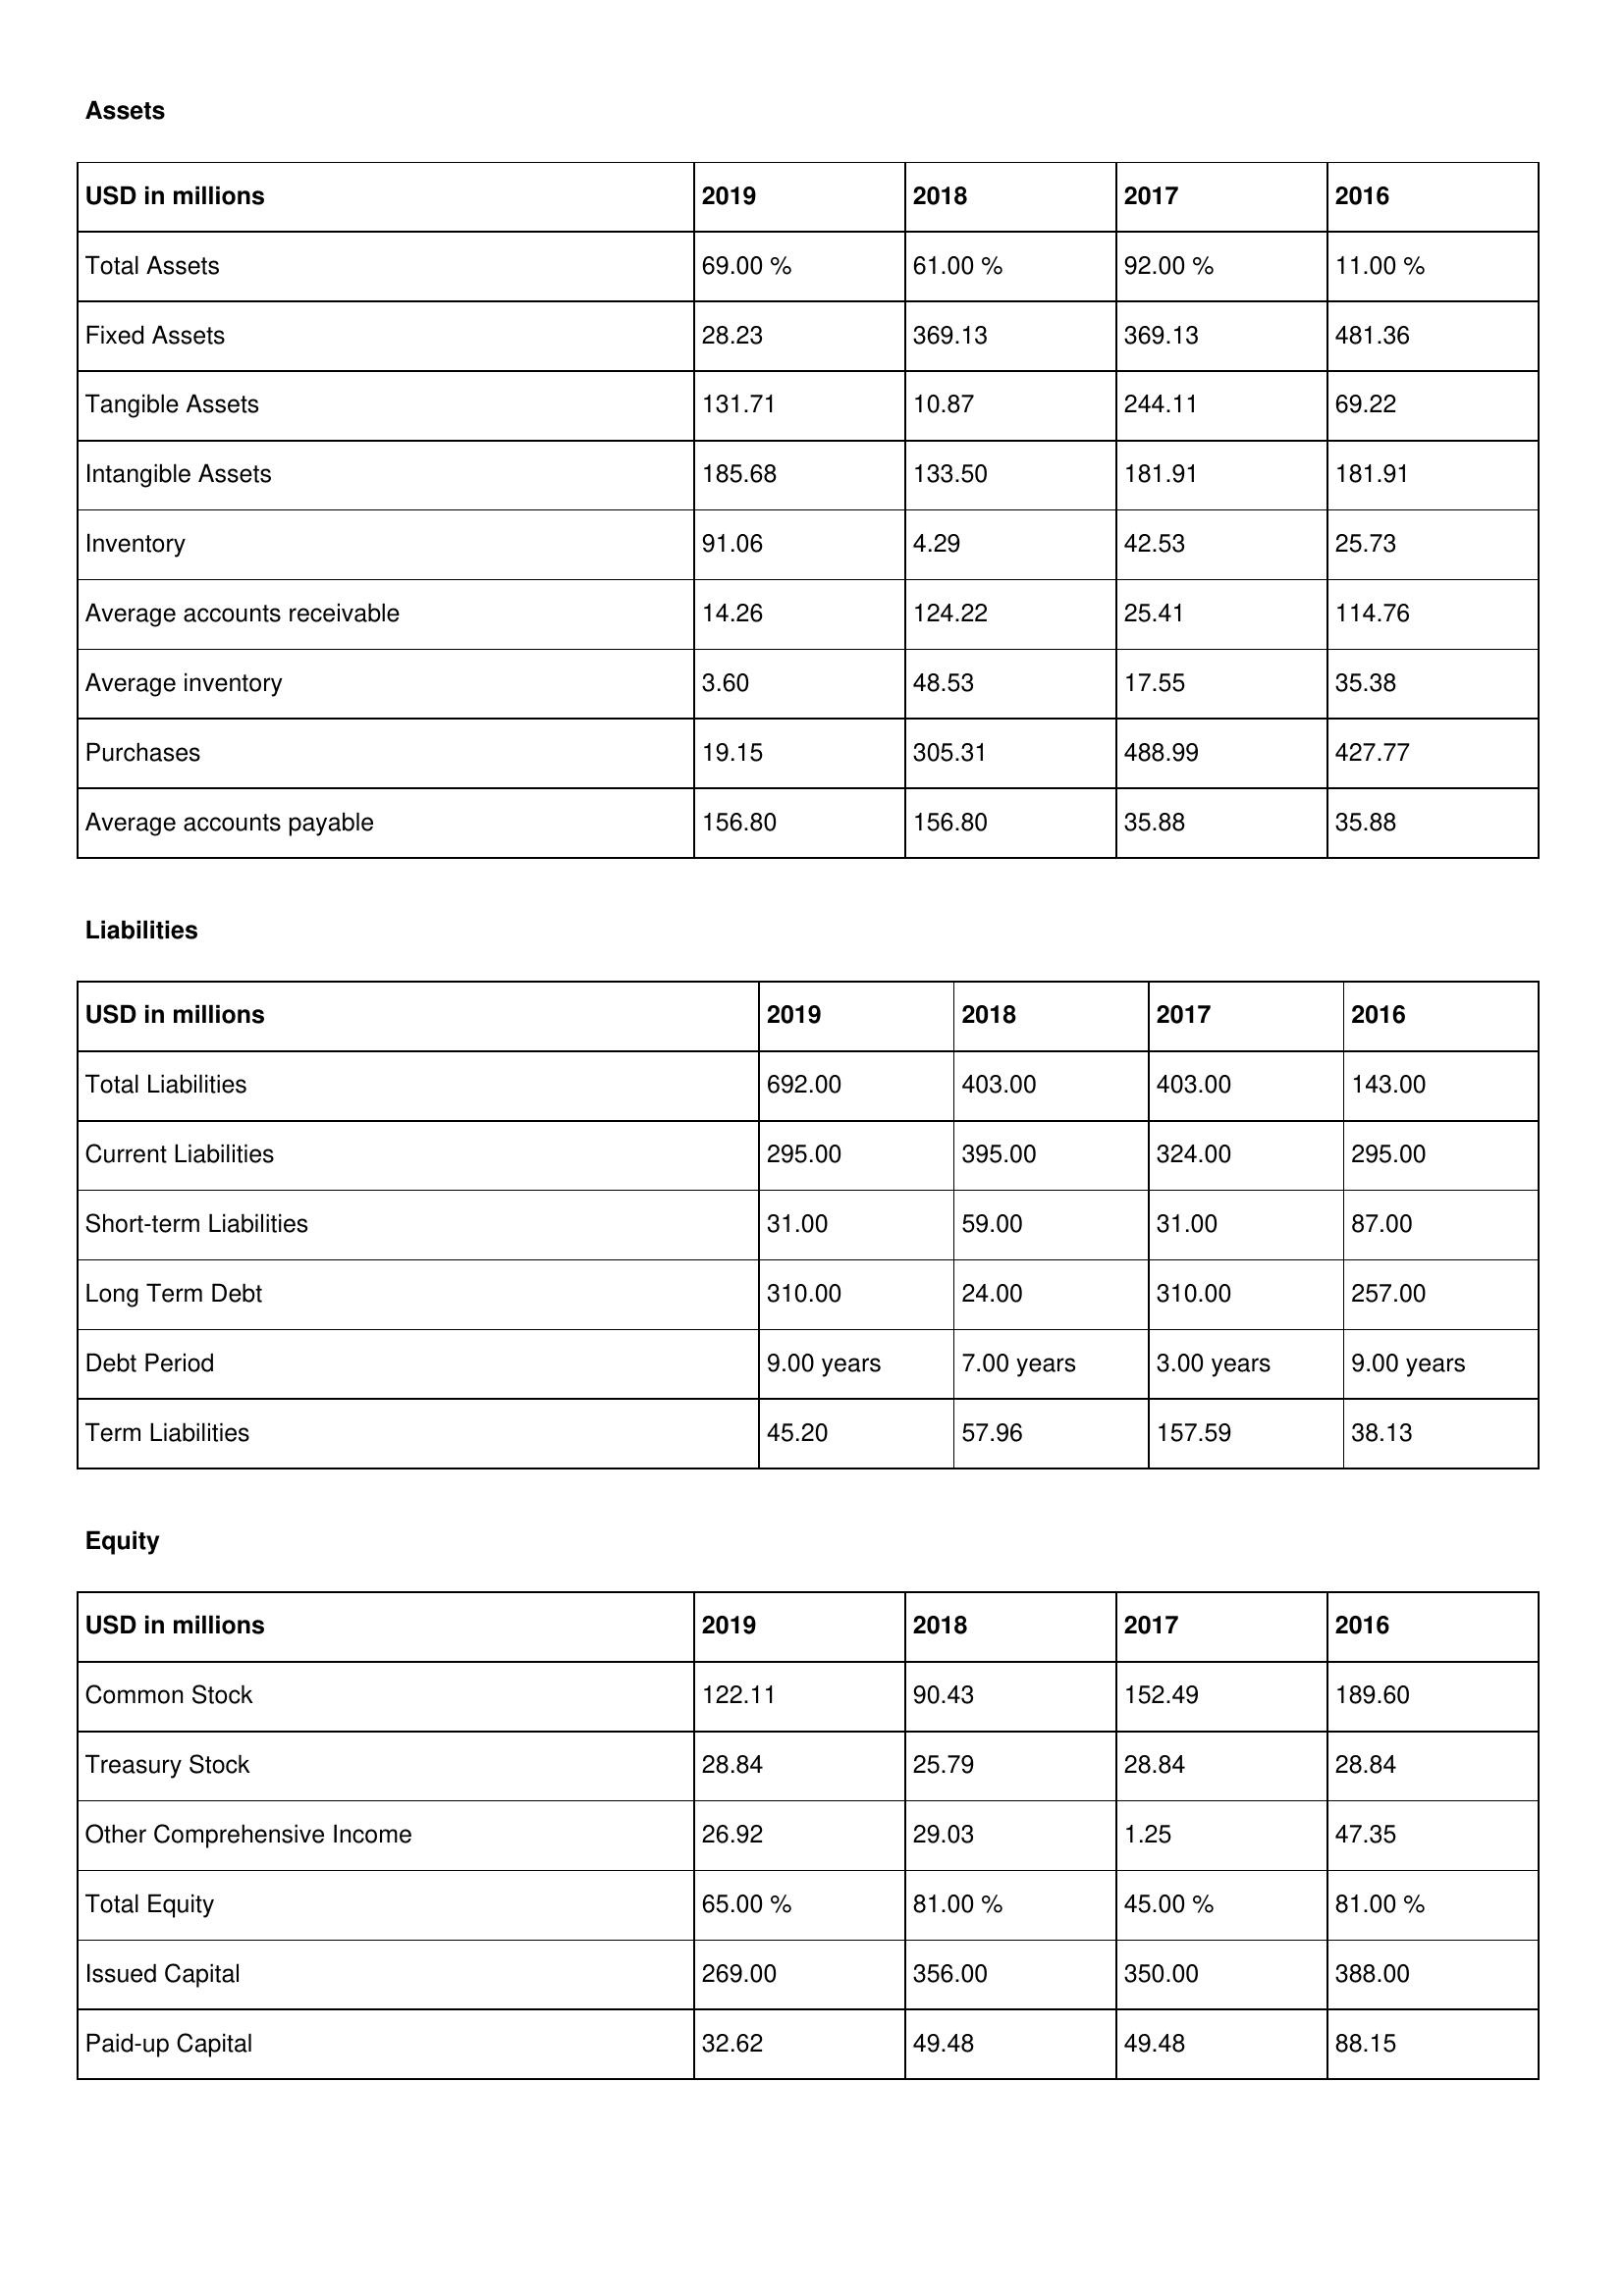
gt_parse: 2019: Assets: Total Assets: 69.00 %
Fixed Assets: 28.23
Tangible Assets: 131.71
Intangible Assets: 185.68
Inventory: 91.06
Average accounts receivable: 14.26
Average inventory: 3.60
Purchases: 19.15
Average accounts payable: 156.80
Liabilities: Total Liabilities: 692.00
Current Liabilities: 295.00
Short-term Liabilities: 31.00
Long Term Debt: 310.00
Debt Period: 9.00 years
Term Liabilities: 45.20
Equity: Common Stock: 122.11
Treasury Stock: 28.84
Other Comprehensive Income: 26.92
Total Equity: 65.00 %
Issued Capital: 269.00
Paid-up Capital: 32.62
2018: Assets: Total Assets: 61.00 %
Fixed Assets: 369.13
Tangible Assets: 10.87
Intangible Assets: 133.50
Inventory: 4.29
Average accounts receivable: 124.22
Average inventory: 48.53
Purchases: 305.31
Average accounts payable: 156.80
Liabilities: Total Liabilities: 403.00
Current Liabilities: 395.00
Short-term Liabilities: 59.00
Long Term Debt: 24.00
Debt Period: 7.00 years
Term Liabilities: 57.96
Equity: Common Stock: 90.43
Treasury Stock: 25.79
Other Comprehensive Income: 29.03
Total Equity: 81.00 %
Issued Capital: 356.00
Paid-up Capital: 49.48
2017: Assets: Total Assets: 92.00 %
Fixed Assets: 369.13
Tangible Assets: 244.11
Intangible Assets: 181.91
Inventory: 42.53
Average accounts receivable: 25.41
Average inventory: 17.55
Purchases: 488.99
Average accounts payable: 35.88
Liabilities: Total Liabilities: 403.00
Current Liabilities: 324.00
Short-term Liabilities: 31.00
Long Term Debt: 310.00
Debt Period: 3.00 years
Term Liabilities: 157.59
Equity: Common Stock: 152.49
Treasury Stock: 28.84
Other Comprehensive Income: 1.25
Total Equity: 45.00 %
Issued Capital: 350.00
Paid-up Capital: 49.48
2016: Assets: Total Assets: 11.00 %
Fixed Assets: 481.36
Tangible Assets: 69.22
Intangible Assets: 181.91
Inventory: 25.73
Average accounts receivable: 114.76
Average inventory: 35.38
Purchases: 427.77
Average accounts payable: 35.88
Liabilities: Total Liabilities: 143.00
Current Liabilities: 295.00
Short-term Liabilities: 87.00
Long Term Debt: 257.00
Debt Period: 9.00 years
Term Liabilities: 38.13
Equity: Common Stock: 189.60
Treasury Stock: 28.84
Other Comprehensive Income: 47.35
Total Equity: 81.00 %
Issued Capital: 388.00
Paid-up Capital: 88.15